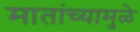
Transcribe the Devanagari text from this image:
मातांच्यामुळे